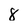
Character: 8